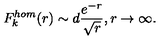
F _ { k } ^ { h o m } ( r ) \sim d \frac { e ^ { - r } } { \sqrt { r } } , r \rightarrow \infty .